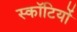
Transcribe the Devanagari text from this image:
स्कॉटियों